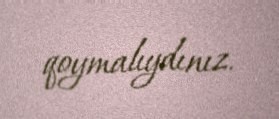
qoymalıydınız.